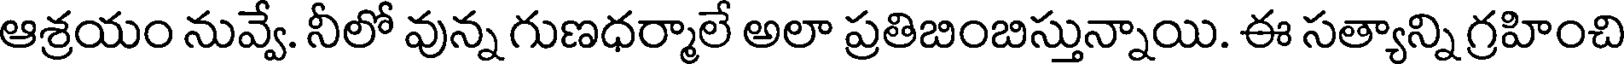
ఆశ్రయం నువ్వే. నీలో వున్న గుణధర్మాలే అలా ప్రతిబింబిస్తున్నాయి. ఈ సత్యాన్ని గ్రహించి